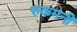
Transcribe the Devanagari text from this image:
रुकमनी